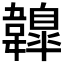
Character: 𩏤